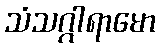
သံသဂ္ဂါရာမော